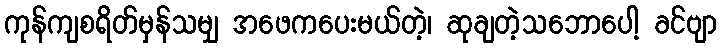
ကုန်ကျစရိတ်မှန်သမျှ အဖေကပေးမယ်တဲ့၊ ဆုချတဲ့သဘောပေါ့ ခင်ဗျာ